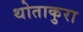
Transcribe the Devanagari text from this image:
थोताकुरा